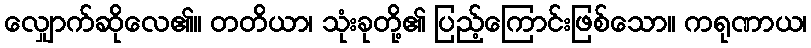
လျှောက်ဆိုလေ၏။ တတိယာ၊ သုံးခုတို့၏ ပြည့်ကြောင်းဖြစ်သော။ ကရုဏာယ၊